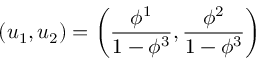
( u _ { 1 } , u _ { 2 } ) = \left( \frac { \phi ^ { 1 } } { 1 - \phi ^ { 3 } } , \frac { \phi ^ { 2 } } { 1 - \phi ^ { 3 } } \right)